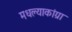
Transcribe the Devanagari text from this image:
मधल्याकांग्रा